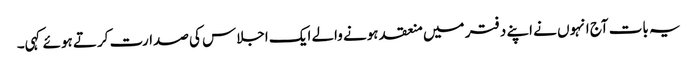
یہ بات آج انہوں نے اپنے دفتر میں منعقد ہونے والے ایک اجلاس کی صدارت کرتے ہوئے کہی۔